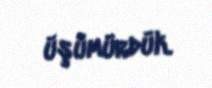
üşümürdük.